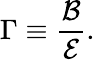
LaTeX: \Gamma\equiv\frac{\mathcal{B}}{\mathcal{E}}.